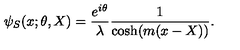
\psi _ { S } ( x ; \theta , X ) = \frac { e ^ { i \theta } } { \lambda } \frac { 1 } { \cosh ( m ( x - X ) ) } .